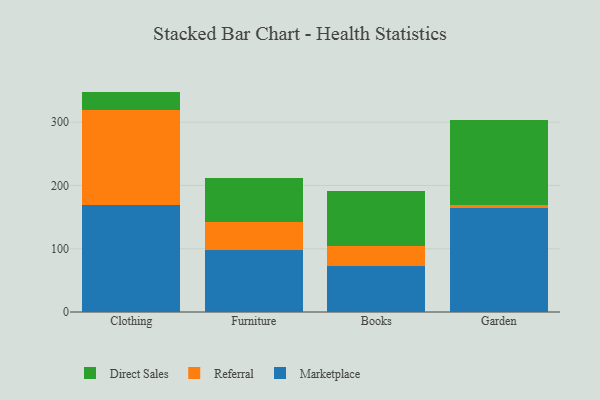
{"axis": {"x": "Category", "y": "Demand Index"}, "legend": ["Direct Sales", "Marketplace", "Referral"], "data": [{"x": "Clothing", "y": 169.3, "type": "Marketplace"}, {"x": "Clothing", "y": 150.7, "type": "Referral"}, {"x": "Clothing", "y": 28.4, "type": "Direct Sales"}, {"x": "Furniture", "y": 98.0, "type": "Marketplace"}, {"x": "Furniture", "y": 44.7, "type": "Referral"}, {"x": "Furniture", "y": 68.8, "type": "Direct Sales"}, {"x": "Books", "y": 72.9, "type": "Marketplace"}, {"x": "Books", "y": 31.4, "type": "Referral"}, {"x": "Books", "y": 86.5, "type": "Direct Sales"}, {"x": "Garden", "y": 164.4, "type": "Marketplace"}, {"x": "Garden", "y": 5.0, "type": "Referral"}, {"x": "Garden", "y": 133.7, "type": "Direct Sales"}]}